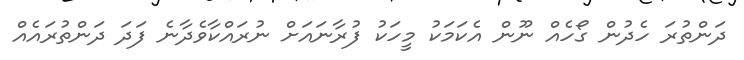
ދަންތުރަ ހެދުން ގޯހެއް ނޫން އެކަމަކު މީހަކު ފުރާނައަށް ނުރައްކާވެދާނެ ފަދަ ދަންތުރައެއް